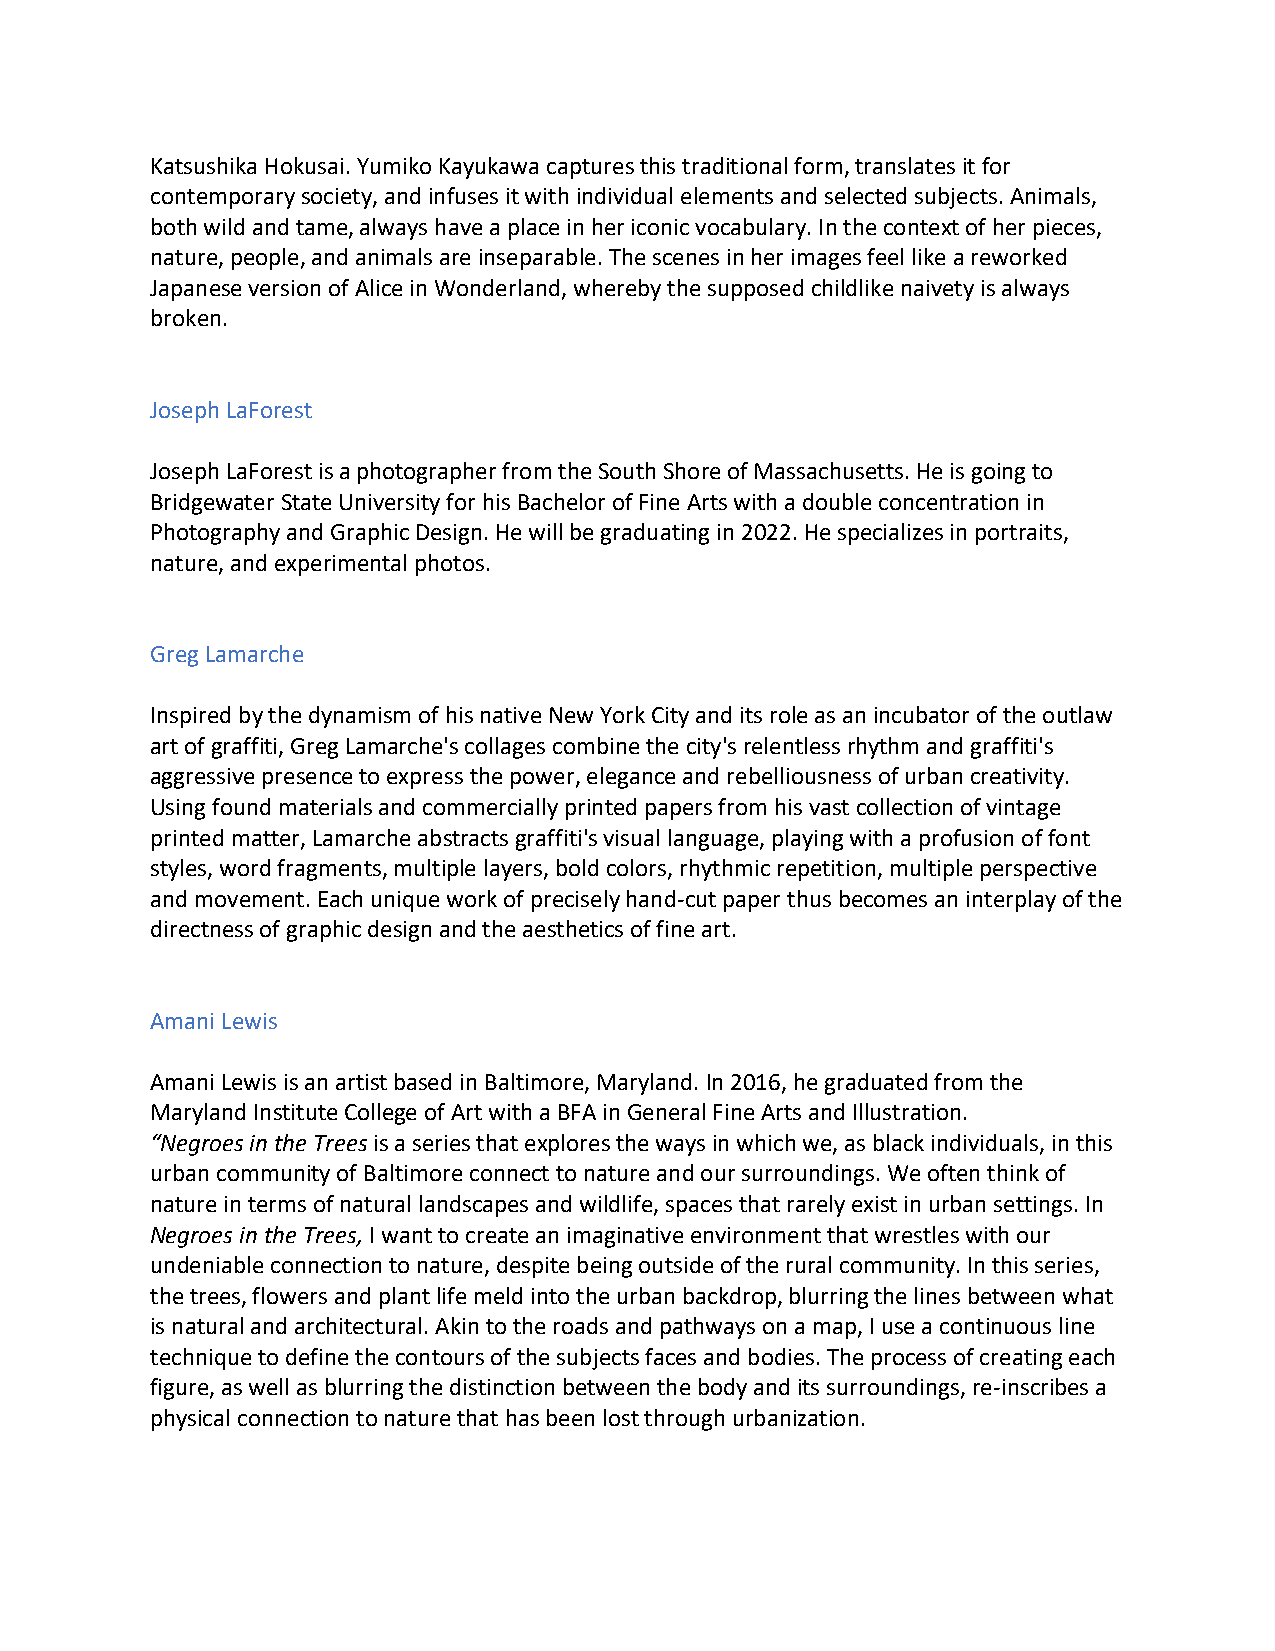
Katsushika Hokusai. Yumiko Kayukawa captures this traditional form, translates it for
 contemporary society, and infuses it with individual elements and selected subjects. Animals,
 both wild and tame, always have a place in her iconic vocabulary. In the context of her pieces,
 nature, people, and animals are inseparable. The scenes in her images feel like a reworked
 Japanese version of Alice in Wonderland, whereby the supposed childlike naivety is always
 broken.
 Joseph LaForest
 Joseph LaForest is a photographer from the South Shore of Massachusetts. He is going to
 Bridgewater State University for his Bachelor of Fine Arts with a double concentration in
 Photography and Graphic Design. He will be graduating in 2022. He specializes in portraits,
 nature, and experimental photos.
 Greg Lamarche
 Inspired by the dynamism of his native New York City and its role as an incubator of the outlaw
 art of graffiti, Greg Lamarche's collages combine the city's relentless rhythm and graffiti's
 aggressive presence to express the power, elegance and rebelliousness of urban creativity.
 Using found materials and commercially printed papers from his vast collection of vintage
 printed matter, Lamarche abstracts graffiti's visual language, playing with a profusion of font
 styles, word fragments, multiple layers, bold colors, rhythmic repetition, multiple perspective
 and movement. Each unique work of precisely hand-cut paper thus becomes an interplay of the
 directness of graphic design and the aesthetics of fine art.
 Amani Lewis
 Amani Lewis is an artist based in Baltimore, Maryland. In 2016, he graduated from the
 Maryland Institute College of Art with a BFA in General Fine Arts and Illustration.
 “Negroes in the Trees is a series that explores the ways in which we, as black individuals, in this
 urban community of Baltimore connect to nature and our surroundings. We often think of
 nature in terms of natural landscapes and wildlife, spaces that rarely exist in urban settings. In
 Negroes in the Trees, I want to create an imaginative environment that wrestles with our
 undeniable connection to nature, despite being outside of the rural community. In this series,
 the trees, flowers and plant life meld into the urban backdrop, blurring the lines between what
 is natural and architectural. Akin to the roads and pathways on a map, I use a continuous line
 technique to define the contours of the subjects faces and bodies. The process of creating each
 figure, as well as blurring the distinction between the body and its surroundings, re-inscribes a
 physical connection to nature that has been lost through urbanization.